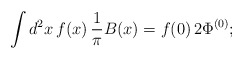
\begin{align*}\int d^2x\,f(x)\,{1\over\pi}B(x)=f(0)\, 2 \Phi^{(0)} ;\end{align*}